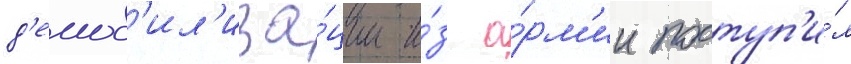
д'емоб'ил'иза́ции и́з а́рм'ии поступ'и́л